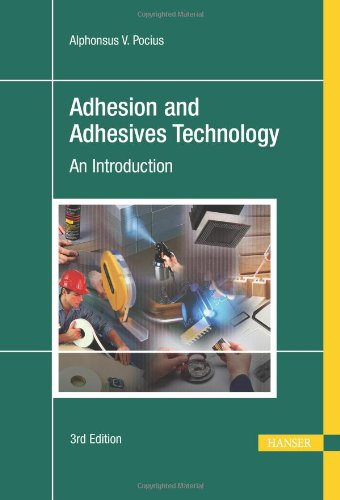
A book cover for Adhesion and Adhesives Technology 3E; Alphonsus Pocius; Science & Math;